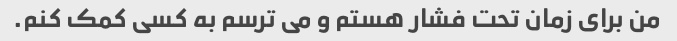
من برای زمان تحت فشار هستم و می ترسم به کسی کمک کنم.